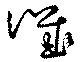
譏